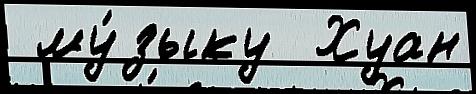
 му́зыку  Хуан